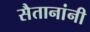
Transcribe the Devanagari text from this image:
सैतानांनी